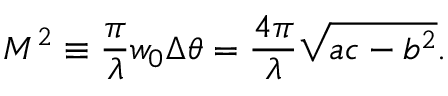
M ^ { 2 } \equiv \frac { \pi } { \lambda } w _ { 0 } \Delta \theta = \frac { 4 \pi } { \lambda } \sqrt { a c - b ^ { 2 } } .